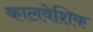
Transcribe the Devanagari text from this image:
कालवेशिक